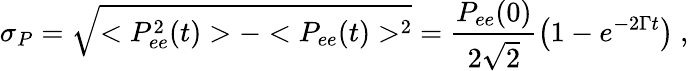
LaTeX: \sigma_{P}=\sqrt{<P_{ee}^{2}(t)>-<P_{ee}(t)>^{2}}=\frac{P_{ee}(0)}{2\sqrt 2}\left(1-e^{-2\Gamma t}\right)~,